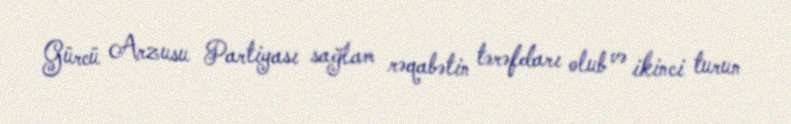
Gürcü Arzusu Partiyası sağlam rəqabətin tərəfdarı olub və ikinci turun